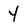
Character: 4